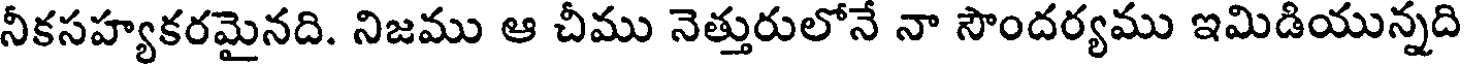
నీకసహ్యకరమైనది. నిజము ఆ చీము నెత్తురులోనే నా సౌందర్యము ఇమిడియున్నది